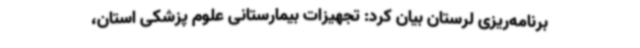
برنامه‌ریزی لرستان بیان کرد: تجهیزات بیمارستانی علوم پزشکی استان،